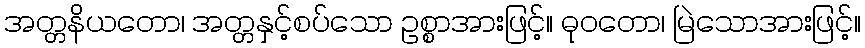
အတ္တနိယတော၊ အတ္တနှင့်စပ်သော ဥစ္စာအားဖြင့်။ ဓုဝတော၊ မြဲသောအားဖြင့်။